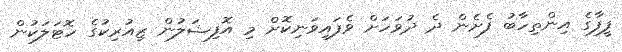
ފީފާގެ އިންތިހާބު ފެށެން ދެ ދުވަހަށް ވެފައިވަނިކޮށް މި އޮފިޝަލުން ޒިއުރިކުގެ ހޮޓަަލަކުން